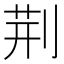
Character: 荆